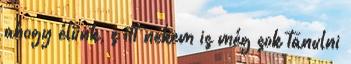
ahogy élünk, s itt nekem is még sok tanulni